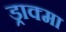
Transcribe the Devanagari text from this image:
ड्राक्मा